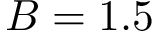
B = 1 . 5